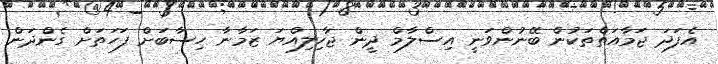
އެފަދަ ޖަމާއަތްތަކުން ބޭނުންވަނީ އިސްލާމް ދީން ޖާހިލިއްޔަ ޒަމާނާ ހިސާބަށް ފަހަތަށް ގެންދަން